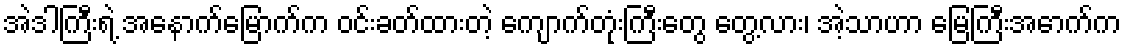
အဲဒါကြီးရဲ့ အနောက်မြောက်က ဝင်းခတ်ထားတဲ့ ကျောက်တုံးကြီးတွေ တွေ့လား၊ အဲ့သာဟာ မြေကြီးအောက်က